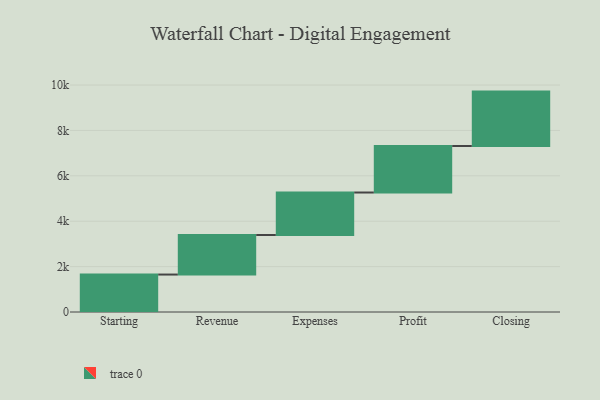
{"axis": {"x": "Step", "y": "Value"}, "legend": [""], "data": [{"x": "Starting", "y": 1650.0, "type": ""}, {"x": "Revenue", "y": 1742.0, "type": ""}, {"x": "Expenses", "y": 1873.0, "type": ""}, {"x": "Profit", "y": 2048.0, "type": ""}, {"x": "Closing", "y": 2398.0, "type": ""}]}